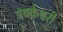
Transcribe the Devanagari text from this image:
त्रंबकेश्वरी